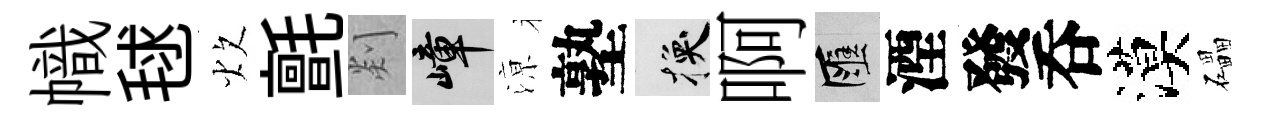
幟毬炊氈剡嶂鿌塾换啊匯湮發呑漠礧